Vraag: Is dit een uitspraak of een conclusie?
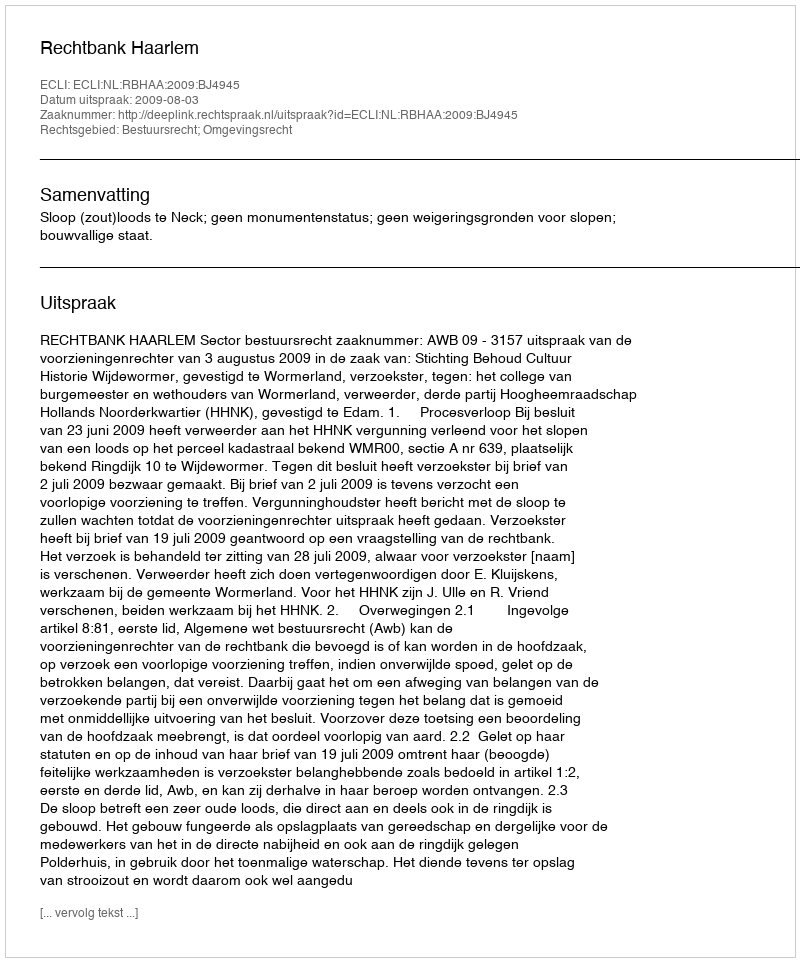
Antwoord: Uitspraak